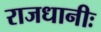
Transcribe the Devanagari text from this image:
राजधानीः